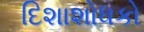
દિશાશોધકો